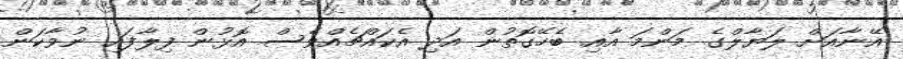
އޭނާއަށް ލަޔާލްގެ މަންމަ އާއި ބެހޭގޮތުން އަދި އެކައްޗެއްވެސް އޮޅުން ފިލާފައި ނުވާކަން